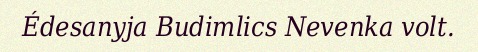
Édesanyja Budimlics Nevenka volt.